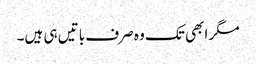
مگر ابھی تک وہ صرف باتیں ہی ہیں۔